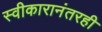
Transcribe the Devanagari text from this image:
स्वीकारानंतरही